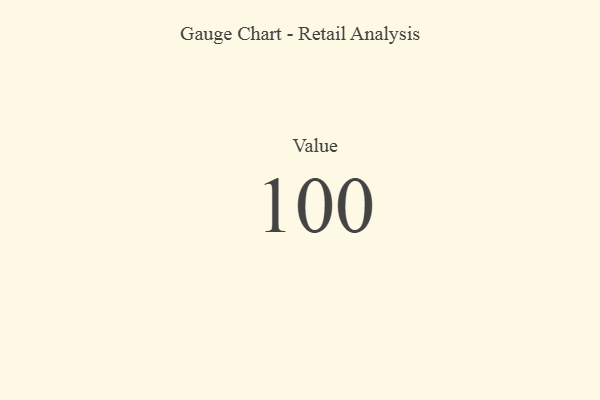
{"axis": {"x": "Metric", "y": "Value"}, "legend": [""], "data": [{"x": "Value", "y": 100, "type": ""}]}